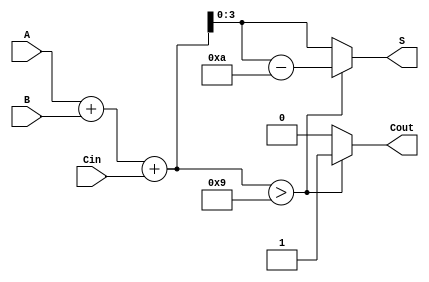
module BCD_Hybrid_Adder (
    input  [3:0] A,      // First BCD digit
    input  [3:0] B,      // Second BCD digit
    input        Cin,     // Carry input
    output reg [3:0] S,   // BCD sum output
    output reg Cout       // Carry output
);

    wire [4:0] Sum;       // 5-bit to hold the raw binary sum

    // Calculate the raw sum of A, B, and Cin
    assign Sum = A + B + Cin;

    always @(*) begin
        if (Sum > 9) begin
            // BCD correction needed
            S = Sum - 10; // Adjust to valid BCD range
            Cout = 1;     // Set carry out
        end else begin
            S = Sum;      // Valid BCD result
            Cout = 0;     // No carry out
        end
    end

endmodule